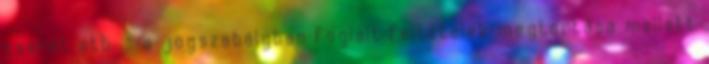
cserét stb. - a jogszabályban foglalt feltételek megtartása mellett